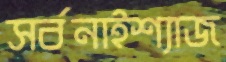
সর্বনাইশ্যাজ